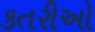
કતરીઓ